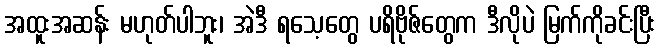
အထူးအဆန်း မဟုတ်ပါဘူး၊ အဲဒီ ရသေ့တွေ ပရိဗိုဇ်တွေက ဒီလိုပဲ မြက်ကိုခင်းပြီး